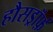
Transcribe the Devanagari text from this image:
हौसड्रॉर्फ़